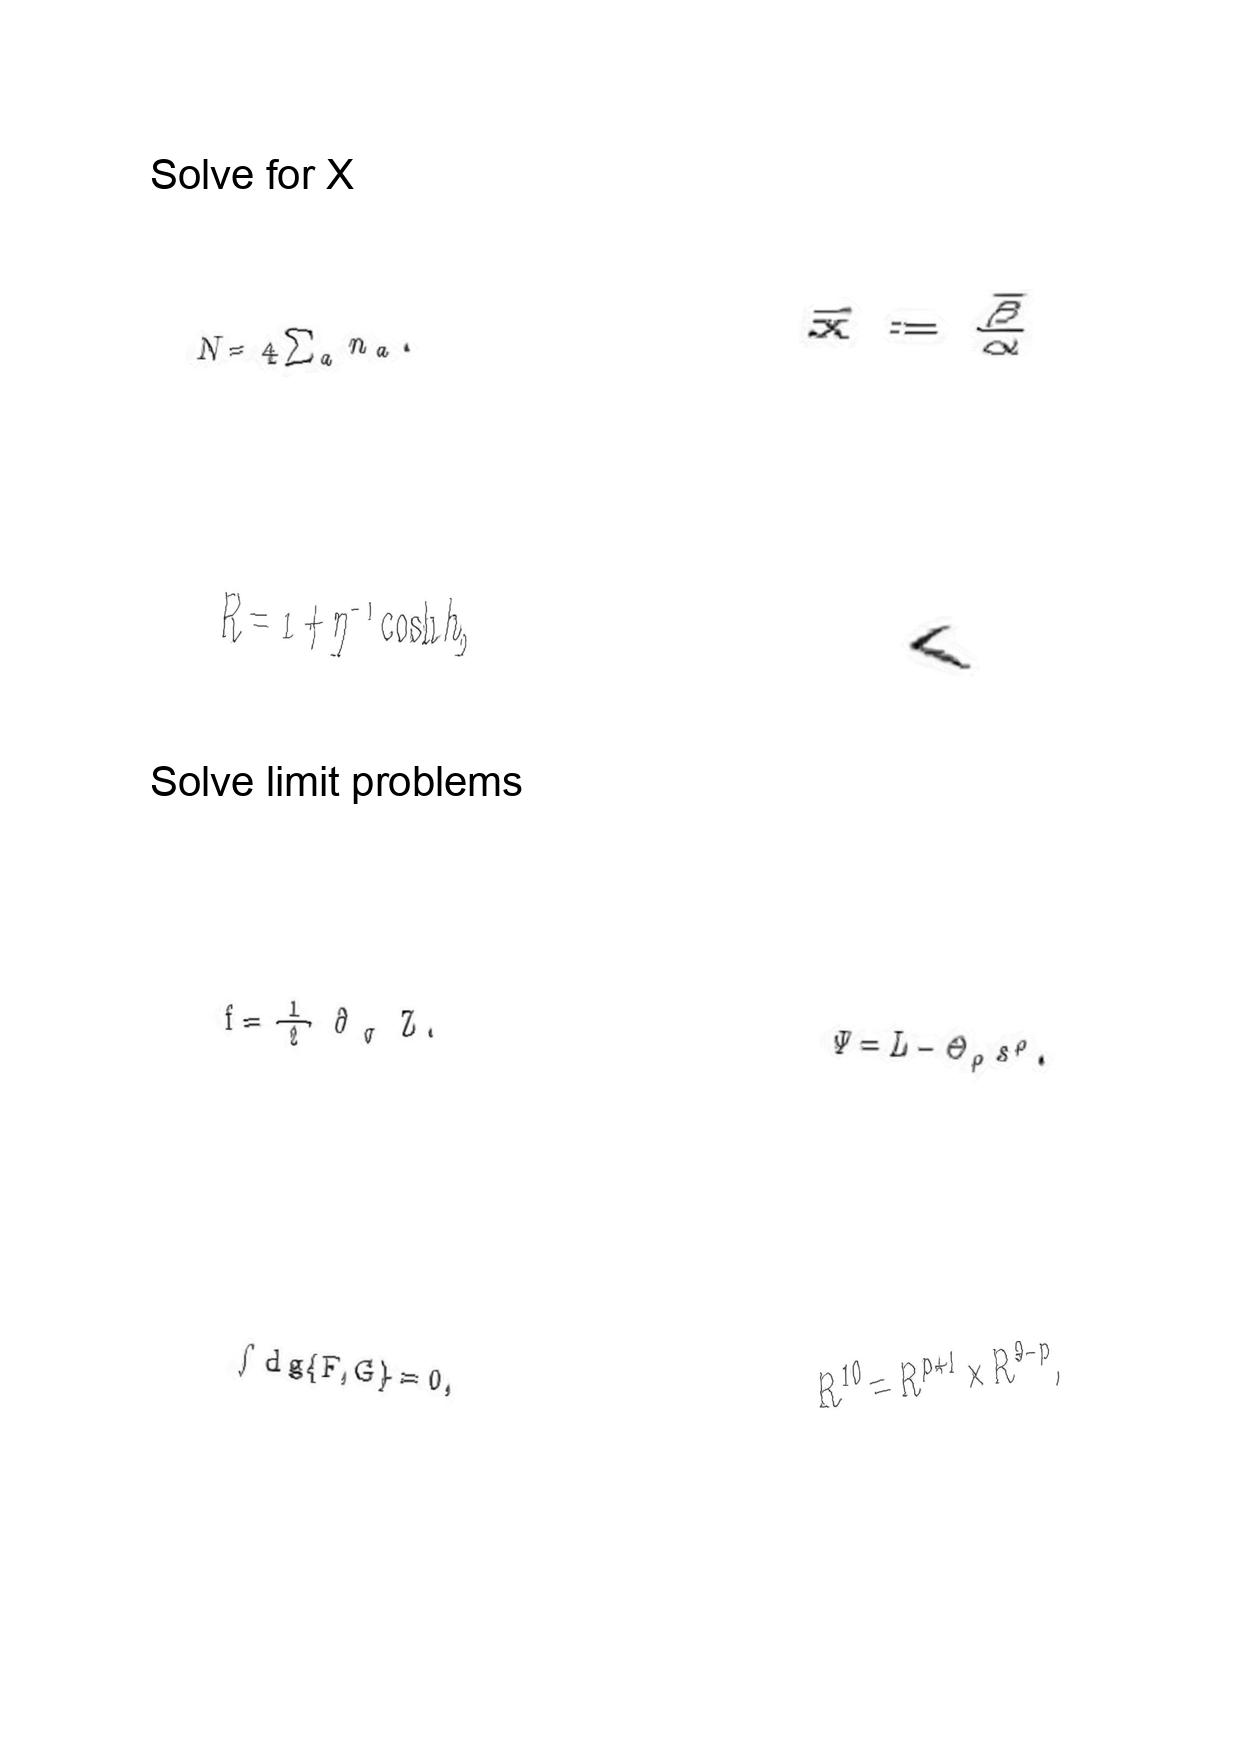
LaTeX transcription:
N = 4 \sum _ { a } n _ { a } .
R = 1 + \eta ^ { - 1 } \cosh h ,
f = \frac { 1 } { 2 } \partial _ { \sigma } Z .
\int \mathrm { d } g \lbrace F , G \rbrace = 0 ,
\vec { x } = \frac { \vec { \beta } } { \alpha }
\langle
\Psi = L - \Theta _ { \rho } s ^ { \rho } .
R ^ { 1 0 } = R ^ { p + 1 } \times R ^ { 9 - p } ,